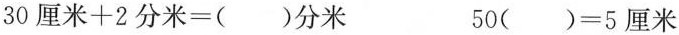
$$30厘米+2分米=()分米$$ $$50()=5厘米$$